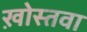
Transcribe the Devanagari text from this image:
ख़ोस्तवा